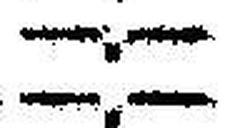
—.—